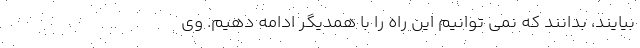
بیایند، بدانند که نمی توانیم این راه را با همدیگر ادامه دهیم. وی